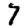
Digit: 7